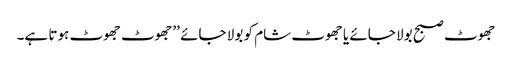
جھوٹ صبح بولا جائے یا جھوٹ شام کو بولا جائے ’’جھوٹ جھوٹ ہوتا ہے۔